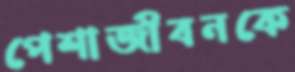
পেশাজীবনকে